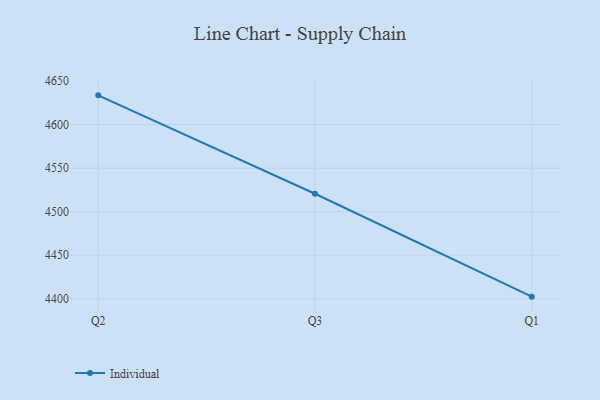
{"axis": {"x": "Quarter", "y": "Population (Million)"}, "legend": ["Individual"], "data": [{"x": "Q2", "y": 4633.5, "type": "Individual"}, {"x": "Q3", "y": 4520.6, "type": "Individual"}, {"x": "Q1", "y": 4402.5, "type": "Individual"}]}